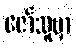
ဇော်သူမှာ